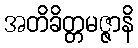
အတိခိတ္တမဇ္ဇာနိ